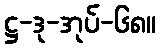
ဋ္ဌ-ဒု-အုပ်-၆၈။